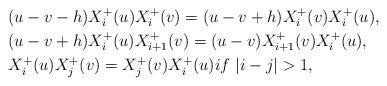
LaTeX: \begin{align*}&(u-v-h)X_{i}^{+}(u)X_{i}^{+}(v)=(u-v+h)X_{i}^{+}(v)X_{i}^{+}(u),\\&(u-v+h)X_{i}^{+}(u)X_{i+1}^{+}(v)=(u-v)X_{i+1}^{+}(v)X_{i}^{+}(u),\\&X_{i}^{+}(u)X_{j}^{+}(v)=X_{j}^{+}(v)X_{i}^{+}(u)if~ |i-j|>1,\end{align*}